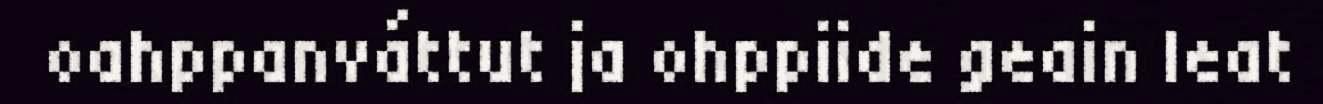
oahppanváttut ja ohppiide geain leat